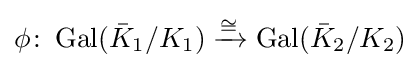
\phi \colon \operatorname {Gal} ({\bar {K}}_{1}/K_{1})\xrightarrow {\cong } \operatorname {Gal} ({\bar {K}}_{2}/K_{2})